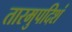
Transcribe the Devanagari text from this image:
तारमुपदिशं